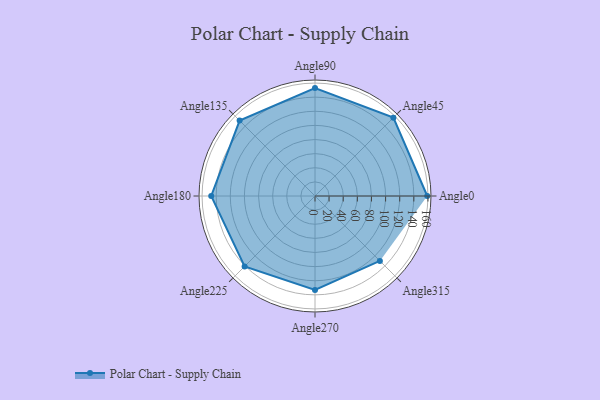
{"axis": {"x": "Angle", "y": "Radius"}, "legend": [""], "data": [{"x": "Angle0", "y": 159.0, "type": ""}, {"x": "Angle45", "y": 157.0, "type": ""}, {"x": "Angle90", "y": 153.0, "type": ""}, {"x": "Angle135", "y": 151.0, "type": ""}, {"x": "Angle180", "y": 147.0, "type": ""}, {"x": "Angle225", "y": 141.0, "type": ""}, {"x": "Angle270", "y": 133.0, "type": ""}, {"x": "Angle315", "y": 130.0, "type": ""}]}